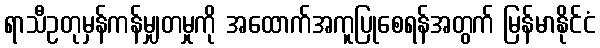
ရာသီဥတုမှန်ကန်မျှတမှုကို အထောက်အကူပြုစေရန်အတွက် မြန်မာနိုင်ငံ